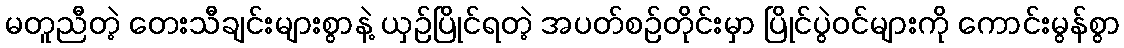
မတူညီတဲ့ တေးသီချင်းများစွာနဲ့ ယှဉ်ပြိုင်ရတဲ့ အပတ်စဉ်တိုင်းမှာ ပြိုင်ပွဲဝင်များကို ကောင်းမွန်စွာ